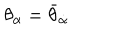
LaTeX: \theta _ { \alpha } = \bar { \theta } _ { \dot { \alpha } }